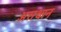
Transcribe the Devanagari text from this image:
असथान